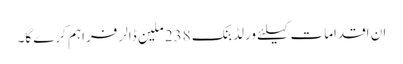
ان اقدامات کیلئے ورلڈ بنک 238 ملین ڈالر فراہم کرے گا۔